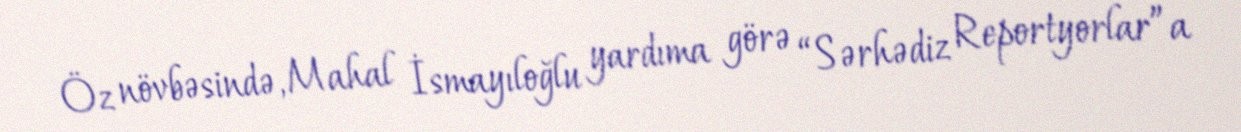
Öz növbəsində, Mahal İsmayıloğlu yardıma görə “Sərhədiz Reportyorlar”a